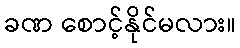
ခဏ စောင့်နိုင်မလား။